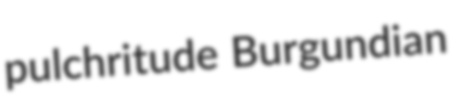
pulchritude Burgundian